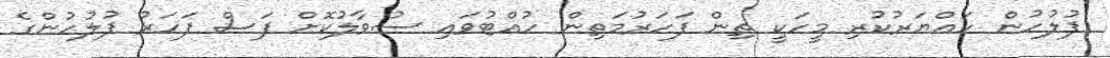
ފުލުހުން ހައްޔަރުކުރި މީހަކީ ތިން ފަހަރުމަތިން ހުއްޓުވައި ސުވާލުކޮށް ފަސް ފަހަރު ފުލުހުންގެ